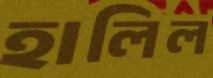
হালিল